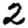
Digit: 2